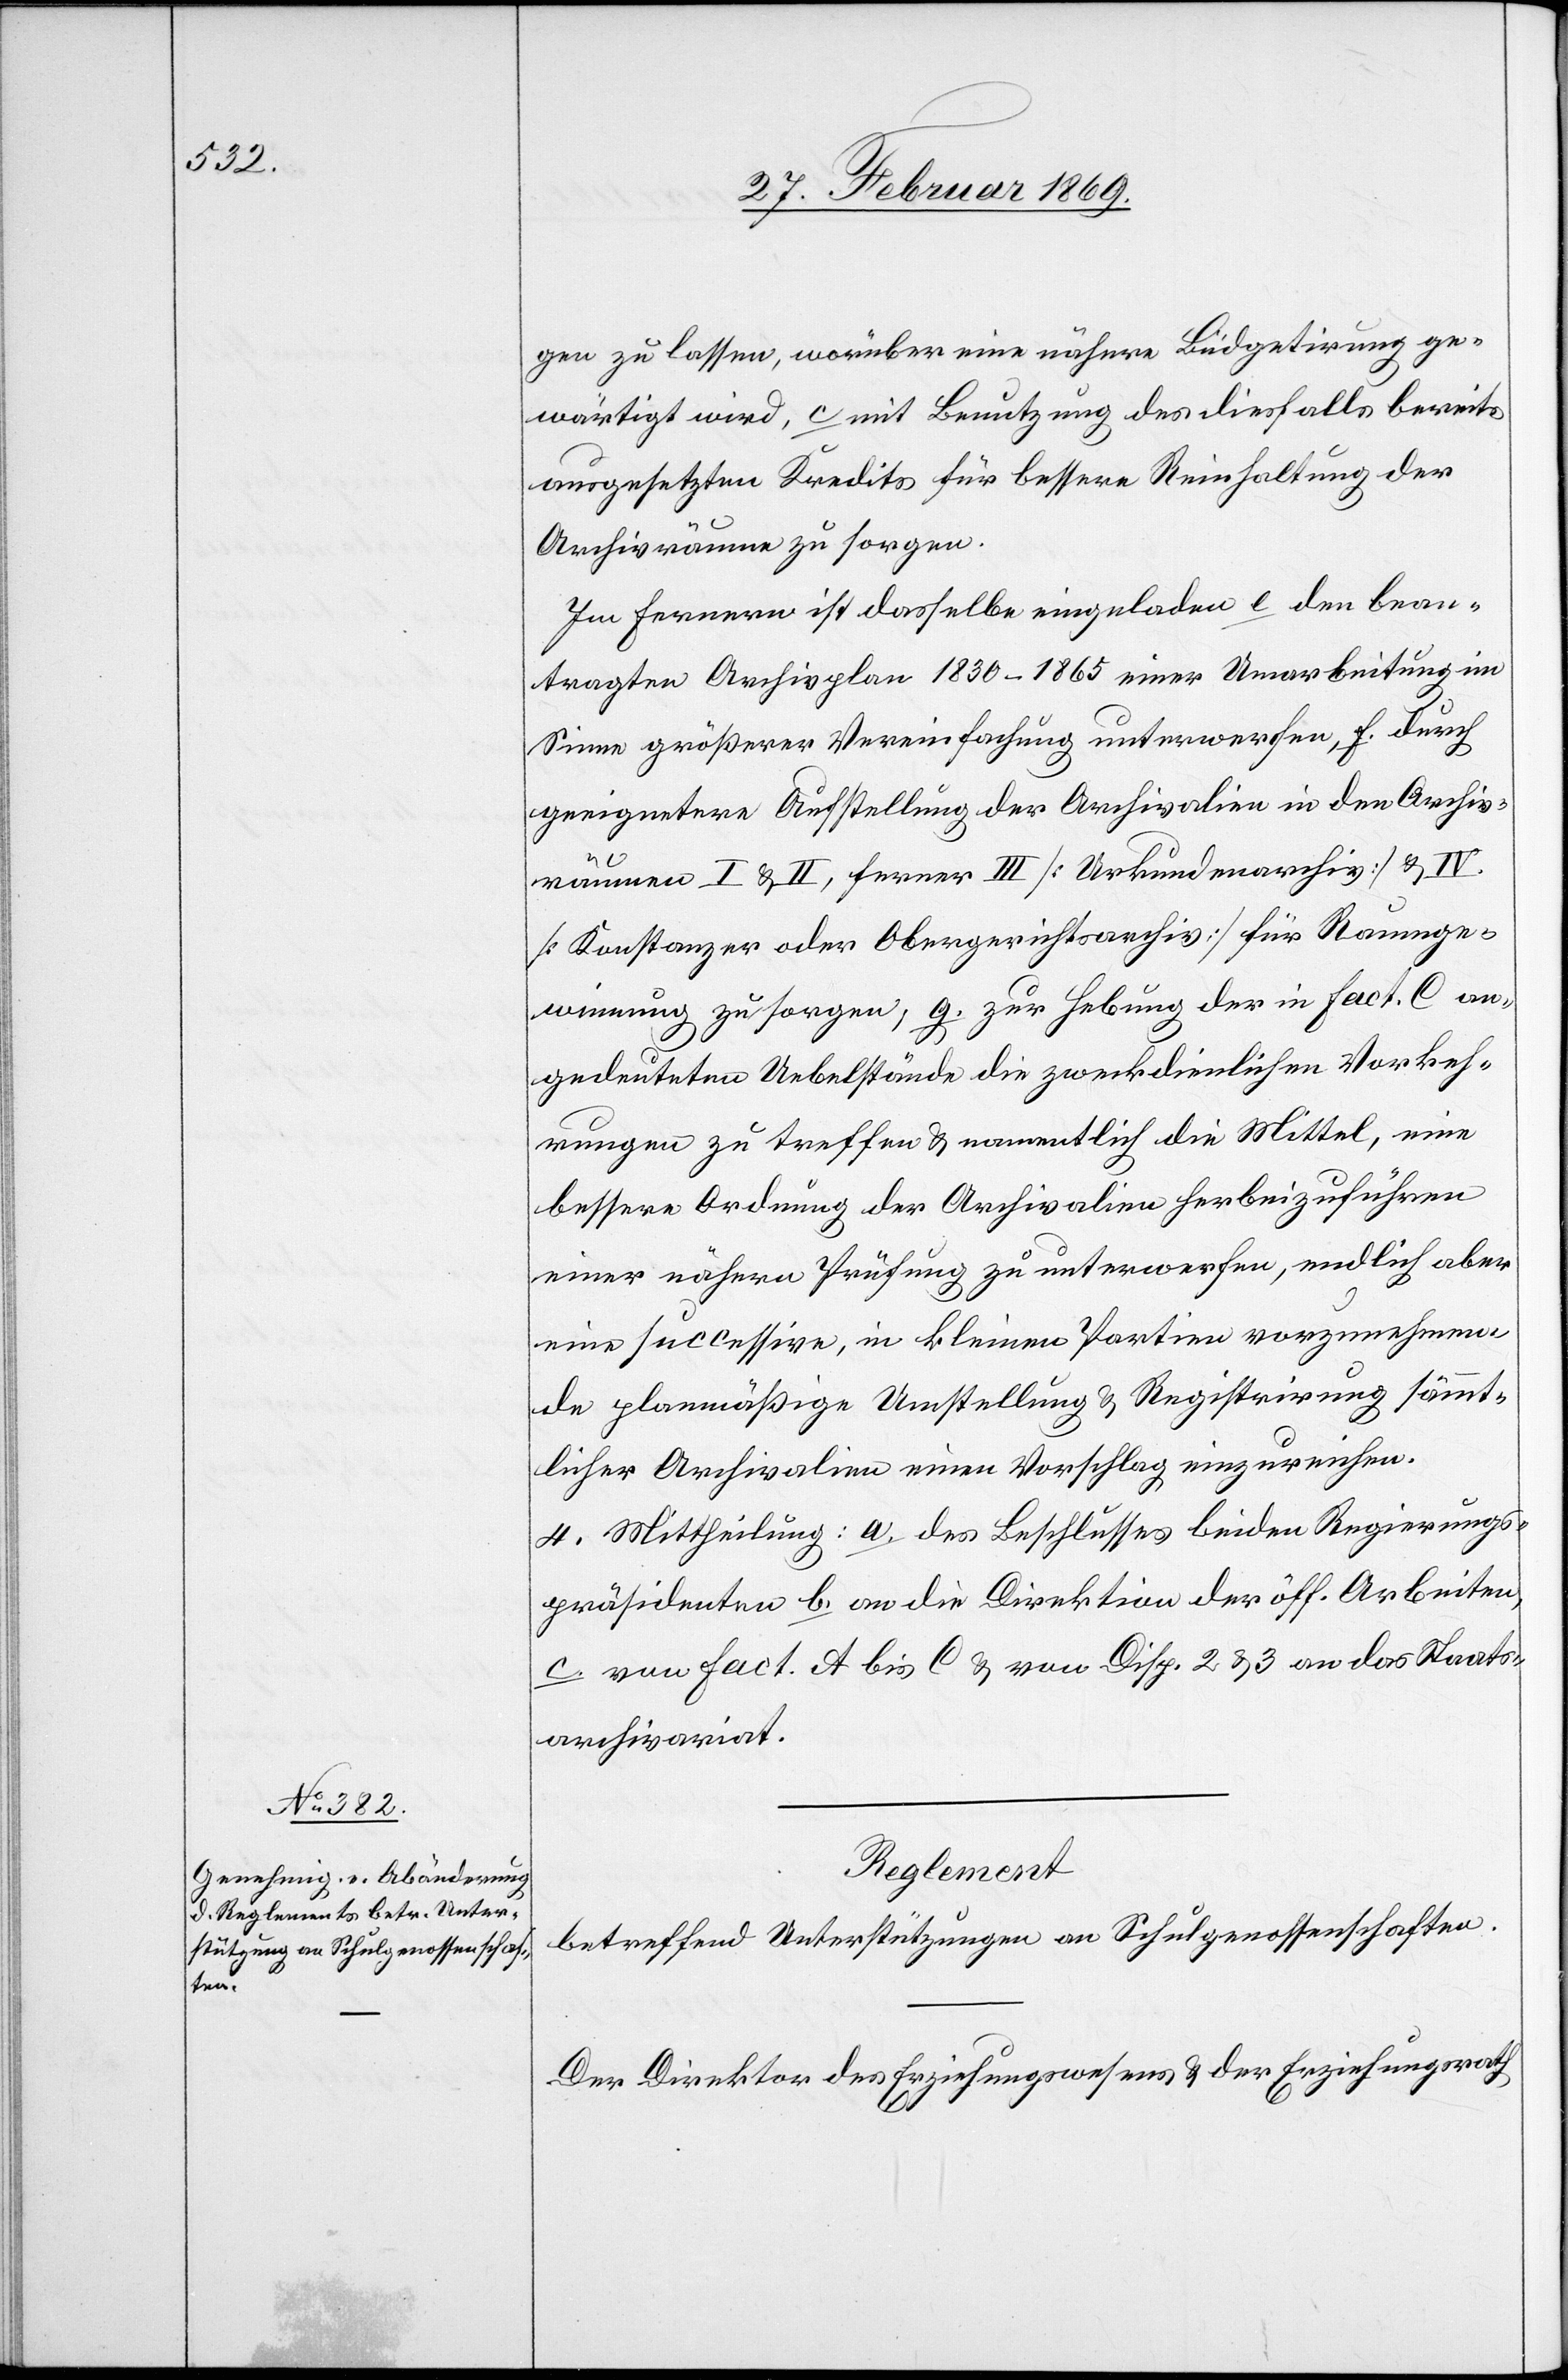
gen zu lassen, worüber eine nähere Büdgetirung ge¬
wärtigt wird, c mit Benutzung des diesfalls bereits
ausgesetzten Kredits für bessere Reinhaltung der
Archivräume zu sorgen.
Im Fernern ist dasselbe einzuladen e [recte: d] den bean¬
tragten Archivplan 1830–1865 einer Umarbeitung im
Sinne größerer Vereinfachung unterwerfen, f. durch
geeignetere Aufstellung der Archivalien in den Archiv¬
räumen I & II, ferner III [Urkundenarchiv] & IV
[Konstanzer oder Obergerichtsarchiv] für Raumge¬
winnung zu sorgen, g. zur Hebung der in Fact C an¬
gedeuteten Uebelstände die zweckdienlichen Vorkeh¬
rungen zu treffen & namentlich die Mittel, eine
bessere Ordnung der Archivalien herbeizuführen
einer nähern Prüfung zu unterwerfen, endlich aber
eine successive, in kleinen Partien vorzunehmen¬
de planmässige Umstellung & Registrirung sämmt¬
licher Archivalien einen Vorschlag einzureichen.
4. Mittheilung: a. des Beschlusses beiden Regierungs¬
präsidenten b. an die Direktion der öff. Arbeiten,
c. von Fact. A bis C & von Disp. 2 & 3 an das Staats¬
archivariat.
Reglement
betreffend Unterstützungen an Schulgenossenschaften.
Der Direktion des Erziehungswesens & der Erziehungsrath